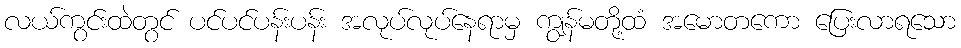
လယ်ကွင်းထဲတွင် ပင်ပင်ပန်းပန်း အလုပ်လုပ်နေရာမှ ကျွန်မတို့ထံ အမောတကော ပြေးလာရသော